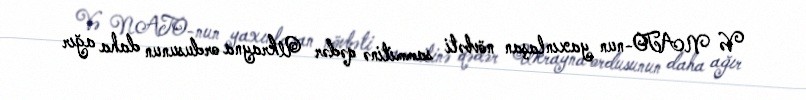
Və NATO-nun yaxınlaşan növbəti sammitinə qədər Ukrayna ordusunun daha ağır